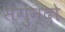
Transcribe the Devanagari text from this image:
सेगुन्दो